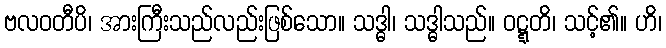
ဗလဝတီပိ၊ အားကြီးသည်လည်းဖြစ်သော။ သဒ္ဓါ၊ သဒ္ဓါသည်။ ဝဋ္ဋတိ၊ သင့်၏။ ဟိ၊